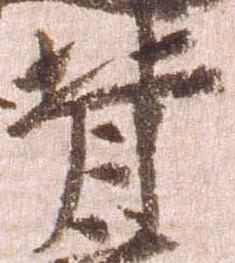
背